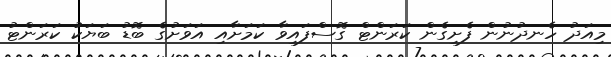
މިއަދު ހެނދުނުން ފެށިގެން ކަރަންޓް ގޮސްފައިވާ ކަމަށާއި އަވަށުގެ ބޮޑު ބަޔަކު ކަރަންޓު